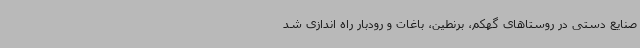
صنایع دستی در روستاهای گهکم، برنطین، باغات و رودبار راه اندازی شد